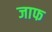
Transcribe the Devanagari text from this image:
जाफ